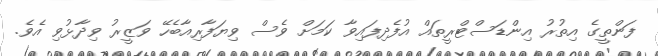
ފަންތީގެ އިތުރު އިންޑަސްޓްރީތައް އުފެދިފައިވާ ކަމަށް ވެސް ވިޔަފާރިއާބެހޭ ވަޒީރު ވިދާޅުވި އެވެ.